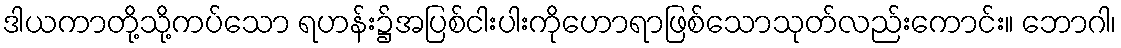
ဒါယကာတို့သို့ကပ်သော ရဟန်း၌အပြစ်ငါးပါးကိုဟောရာဖြစ်သောသုတ်လည်းကောင်း။ ဘောဂါ၊